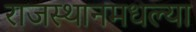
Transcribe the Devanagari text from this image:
राजस्थानमधल्या